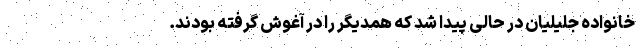
خانواده جلیلیان در حالی پیدا شد که همدیگر را در آغوش گرفته بودند.